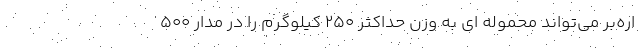
اره‌بر می‌تواند محموله ای به وزن حداکثر ۲۵۰ کیلوگرم را در مدار ۵۰۰